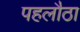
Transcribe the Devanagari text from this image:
पहलौठा